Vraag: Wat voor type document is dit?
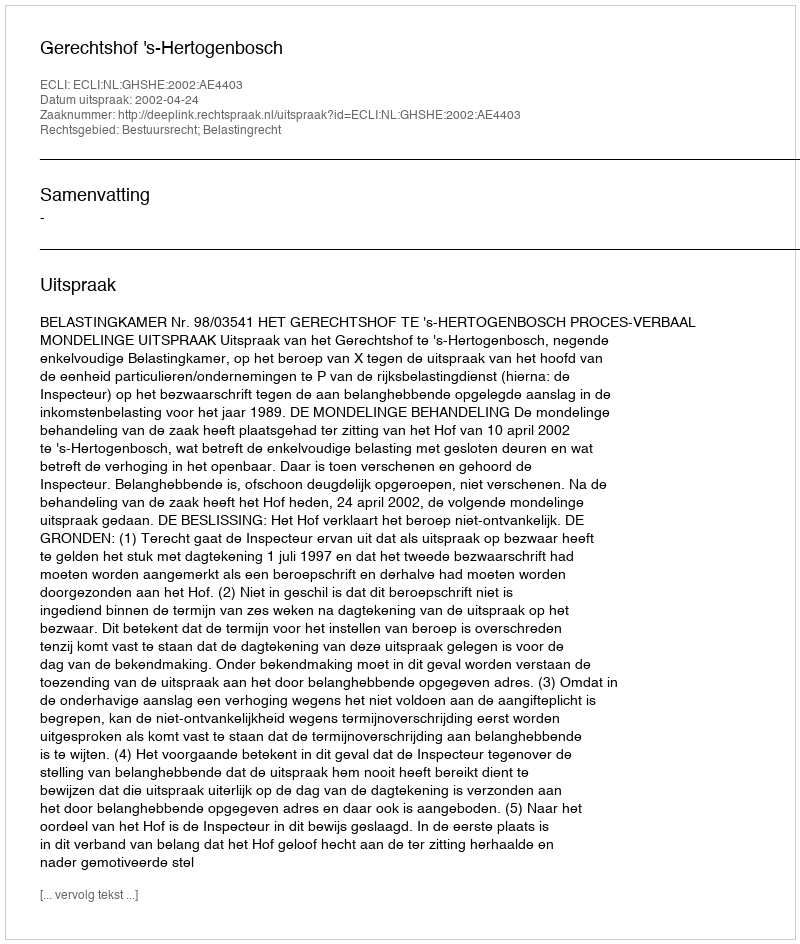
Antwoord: Uitspraak